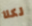
لكلا